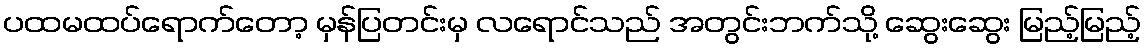
ပထမထပ်ရောက်တော့ မှန်ပြတင်းမှ လရောင်သည် အတွင်းဘက်သို့ ဆွေးဆွေး မြည့်မြည့်